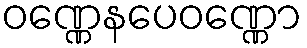
ဝဏ္ဏေနပေဝဏ္ဏော